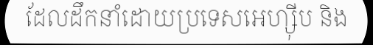
ដែលដឹកនាំដោយប្រទេសអេហ្ស៊ីប និង